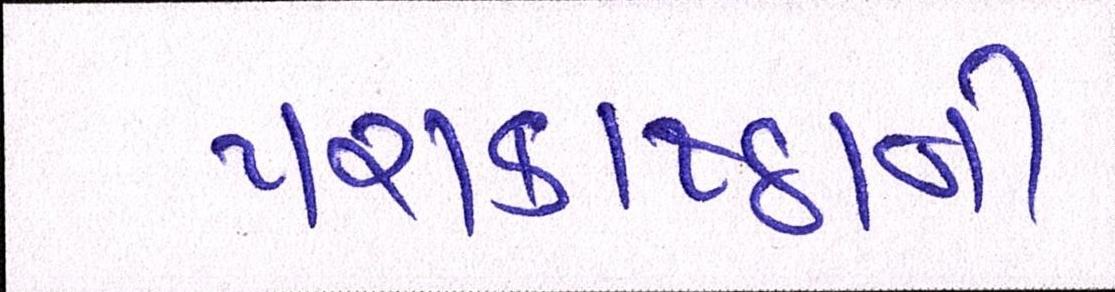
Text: પરાકાષ્ઠાની